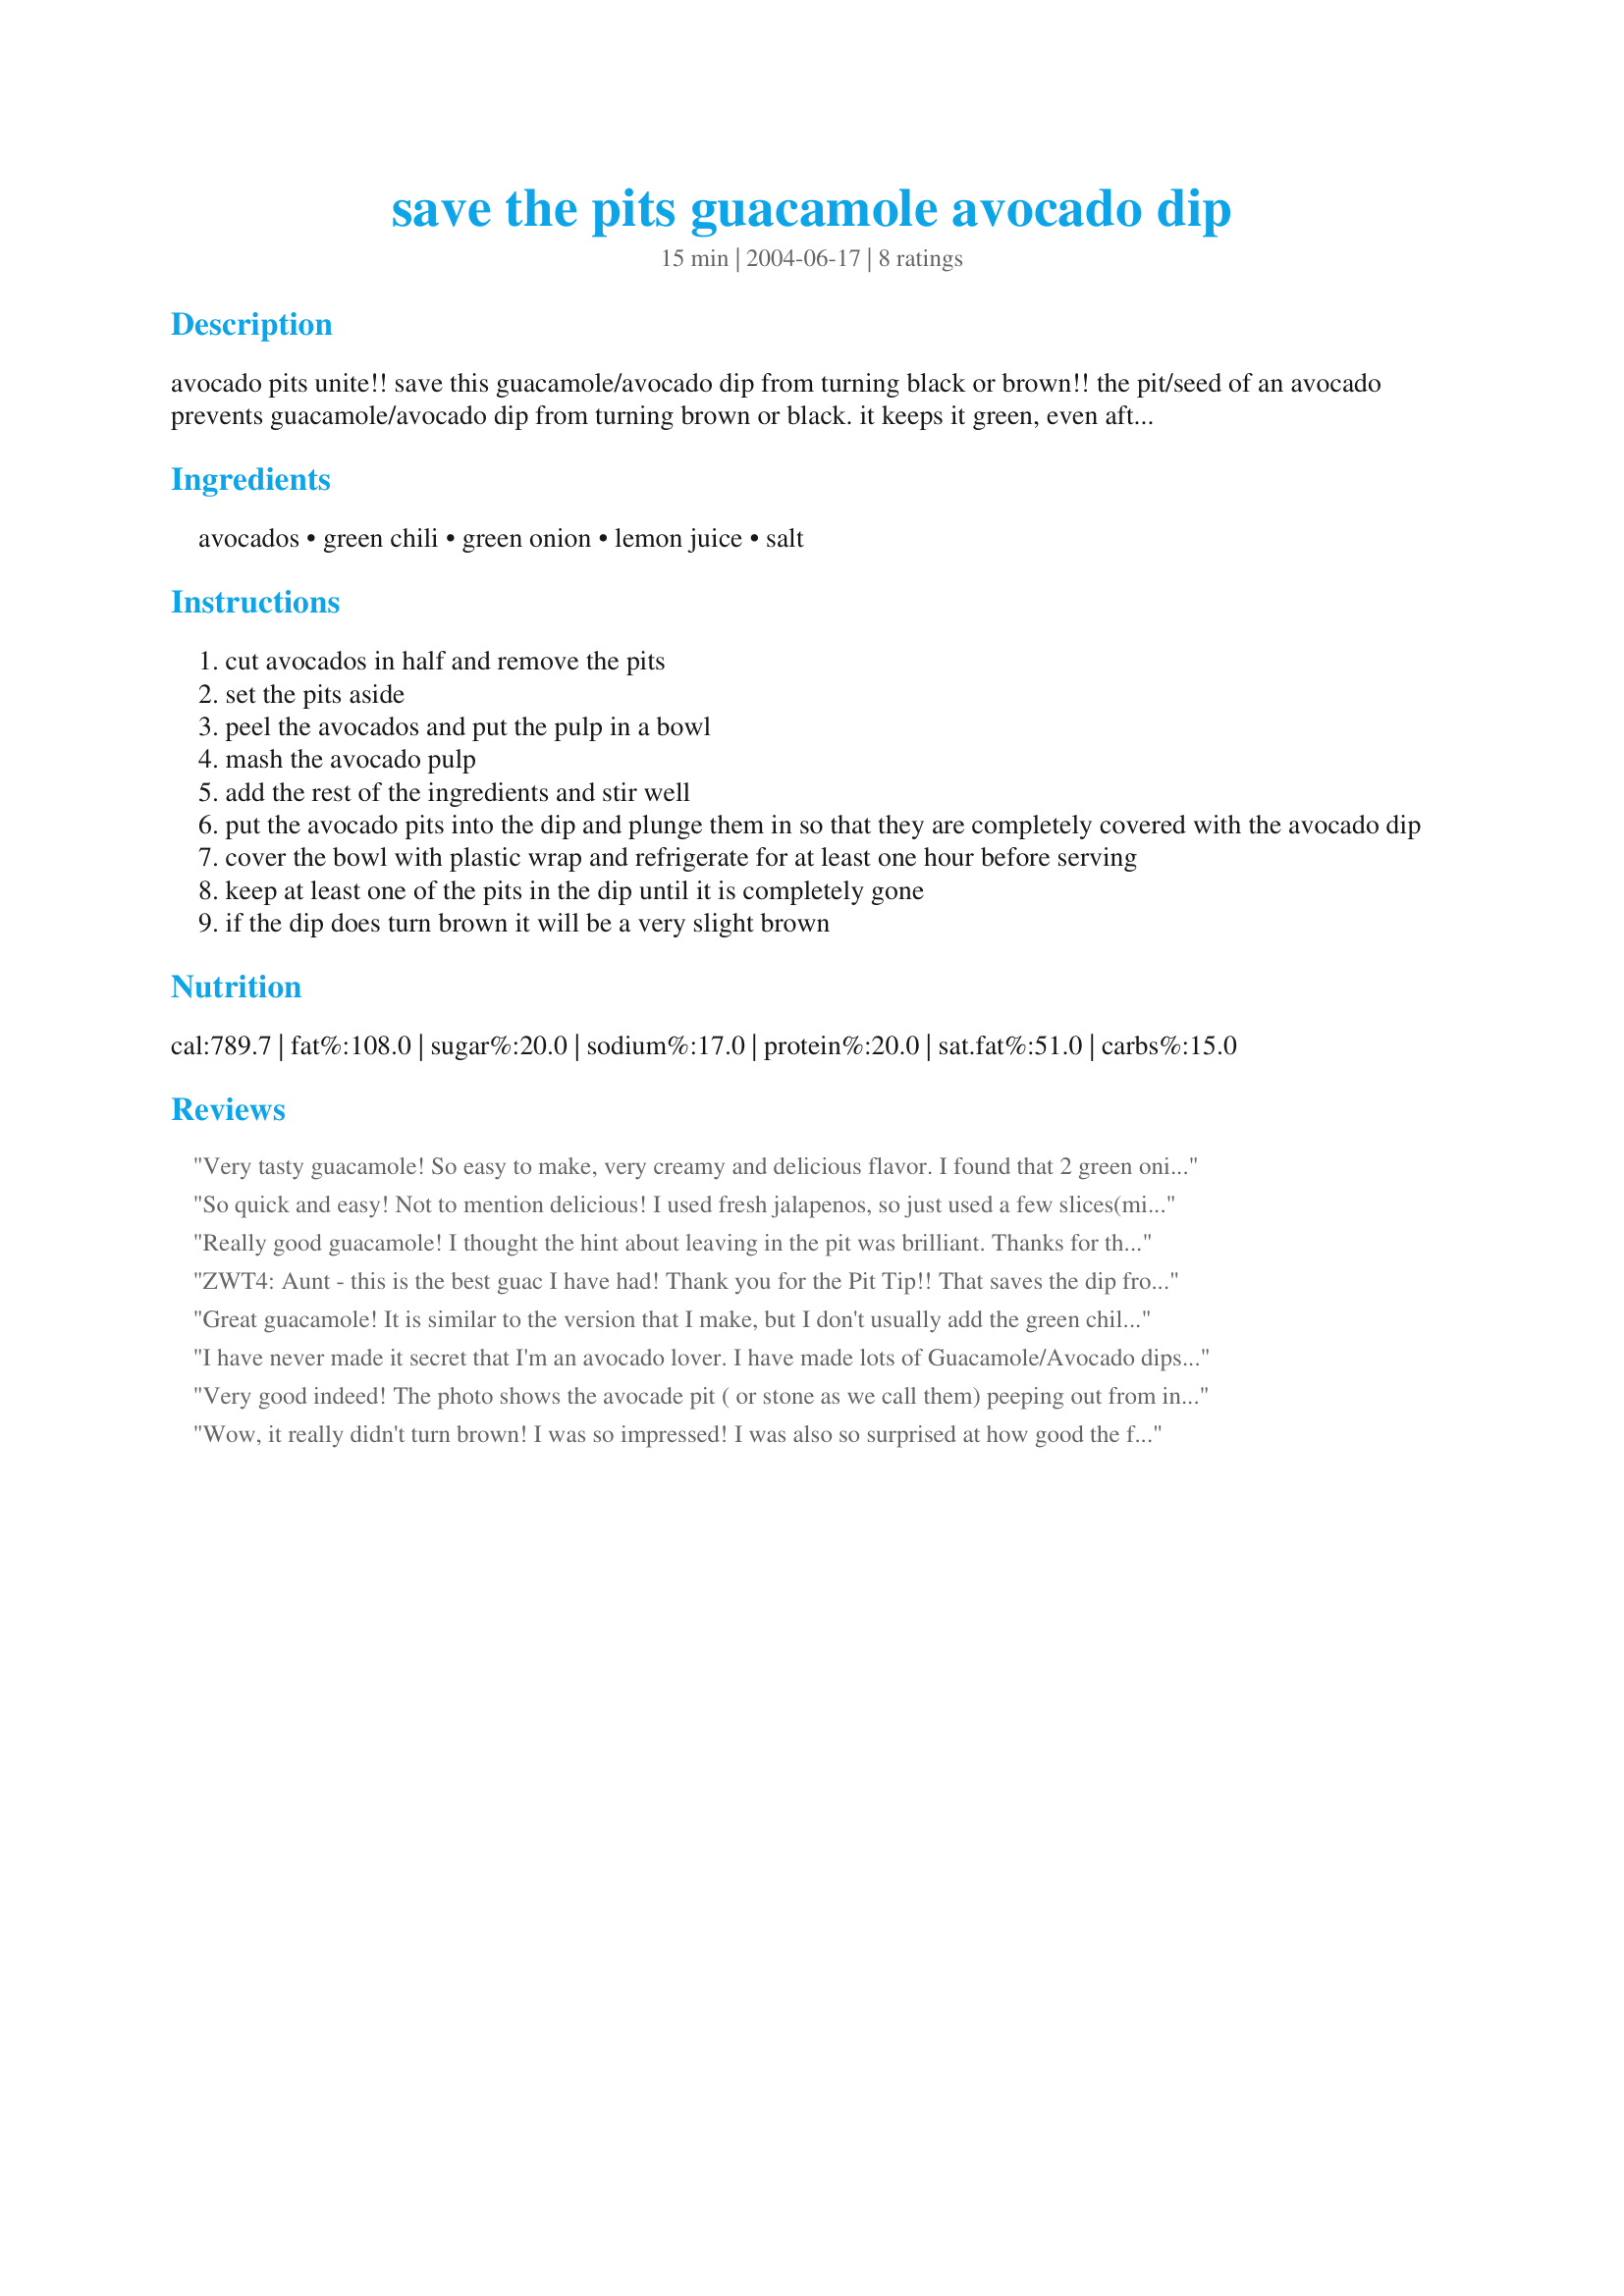
save the pits guacamole avocado dip
Preparation time: 15 minutes

avocado pits unite!! save this guacamole/avocado dip from turning black or brown!! the pit/seed of an avocado prevents guacamole/avocado dip from turning brown or black. it keeps it green, even after a day. this dip does not have any tomatoes in it. my mom made it this way when we kids were growing up. it is simple to make and very tasty. for a spicier, hotter dip, use jalapeños or serrano chilies instead of green chilies. the full flavor of the avocado comes through because there are not a lot of ingredients to mask its true flavor. this can be served as a side dish on a leaf of lettuce. you can also put a scoop of it on top of enchiladas or burritos. larger avocados can be used but you will need to add more of the other ingredients as well. preparation time is approximate.

Ingredients:
avocados, green chili, green onion, lemon juice, salt

Steps:
cut avocados in half and remove the pits
set the pits aside
peel the avocados and put the pulp in a bowl
mash the avocado pulp
add the rest of the ingredients and stir well
put the avocado pits into the dip and plunge them in so that they are completely covered with the avocado dip
cover the bowl with plastic wrap and refrigerate for at least one hour before serving
keep at least one of the pits in the dip until it is completely gone
if the dip does turn brown it will be a very slight brown

Reviews:
Very tasty guacamole! So easy to make, very creamy and delicious flavor. I found that 2 green onions and 2 green chilies added up to 1/4 cup each. Thank you for posting AuntWoofieWoof!
So quick and easy! Not to mention delicious! I used fresh jalapenos, so just used a few slices(mild is the key word here). I slathered on whole wheat French bread toasted. Thanks!
Really good guacamole! I thought the hint about leaving in the pit was brilliant. Thanks for that little tidbit! Made for the Babes of ZWT4.
ZWT4: Aunt - this is the best guac I have had! Thank you for the Pit Tip!! That saves the dip from going bad!! You rock!!
Great guacamole! It is similar to the version that I make, but I don't usually add the green chilies. It was nice for a change. I really appreciated the pit tip. I usually keep the pit in guac. if I have to store it for a while, but I did not know that it should be completely covered by the guac. I followed the tip and it worked like a charm! Thanks!!
I have never made it secret that I'm an avocado lover. I have made lots of Guacamole/Avocado dips and this one is certainly one of the best. I liked the idea of no tomatoes which I now believe just adds another flavour to the already perfect avocado taste. I had some birds eye chilies growing in the garden and used these instead of the green chilies. I loved this dip and will certainly adding it to my collection of yummy dips. Thanks AuntWoofieWoof for impressing an avocado lover.
Very good indeed! The photo shows the avocade pit ( or stone as we call them) peeping out from inside the bowl.. yes I covered it up after the photo was taken. Does it stop the Gauc from going brown? ... I can't answer that one because I set this down before 6 avocado loving adults and we never got the chance to find out. I only added a tiny amount of chili because various guests have vastly different tolerance and preferences to heat... Please see my Rating System: 4 excellent stars for a very tasty Guacamole recipe that dissapeared fast. Thanks!
Wow, it really didn't turn brown! I was so impressed! I was also so surprised at how good the flavor of the guac was with so little ingredients. I have a few guacamole recipes that taste as good, but with much more added to it. It was gobbled up before I could get a picture, so I guess it was too good! lol This was a good guac recipe to feed my vegan friends as well. Thanks!!! Made for ZWT4 - Los Jefes de la Cocina!
